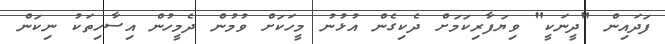
ފަދައިން "ދީނަކީ" ވިޔަފާރިކަމަށް ދެކިގެން އުޅުނު މީހަކަށް ވުމުން ދެމީހުން އިސާހިތަކު ނިކަން